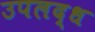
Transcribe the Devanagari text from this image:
उपलद्ध